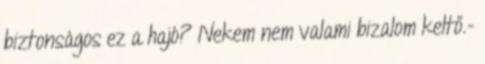
biztonságos ez a hajó? Nekem nem valami bizalom keltő.-